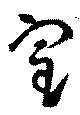
室